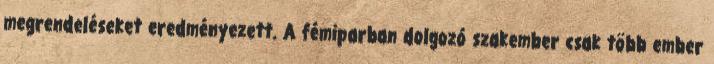
megrendeléseket eredményezett. A fémiparban dolgozó szakember csak több ember